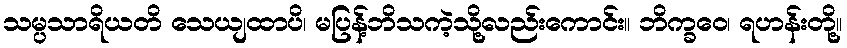
သမ္ပသာရိယတိ သေယျထာပိ၊ မပြန့်ဘိသကဲ့သို့လည်းကောင်း။ ဘိက္ခဝေ၊ ရဟန်းတို့။